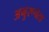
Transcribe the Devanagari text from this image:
अनुरूपंता